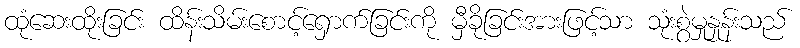
ထုံဆေးထိုးခြင်း ထိန်းသိမ်းစောင့်ရှောက်ခြင်းကို မှီခိုခြင်းအားဖြင့်သာ သုံးစွဲမှုနှုန်းသည်